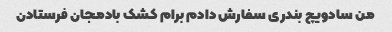
من سادویچ بندری سفارش دادم برام کشک بادمجان فرستادن